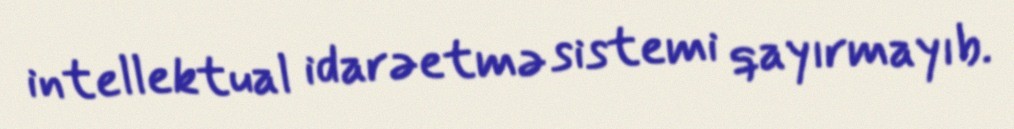
intellektual idarəetmə sistemi qayırmayıb.